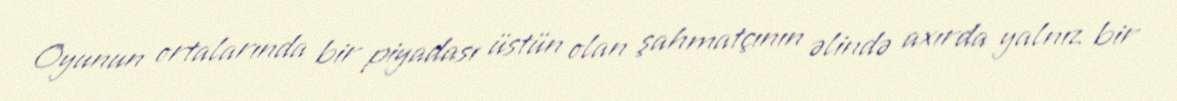
Oyunun ortalarında bir piyadası üstün olan şahmatçının əlində axırda yalnız bir